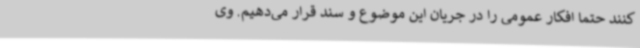
کنند حتما افکار عمومی را در جریان این موضوع و سند قرار می‌دهیم. وی